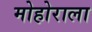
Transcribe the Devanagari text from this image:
मोहोराला